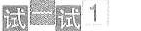
试-试1